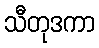
သီတုဒကာ